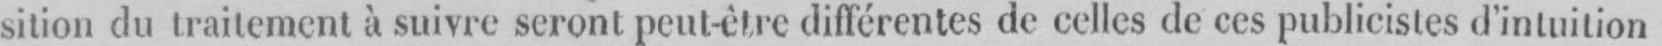
sition du traitement à suivre seront peut-être différentes de celles de ces publicistes d’intuition